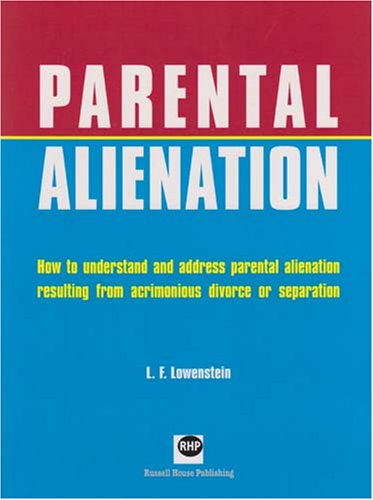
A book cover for Parental Alienation: How to Understand and Address Parental Alienation Resulting from Acrimonious Divorce or Separation; L.F. Lowenstein; Health, Fitness & Dieting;